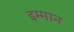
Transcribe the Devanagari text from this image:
इम्मान